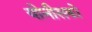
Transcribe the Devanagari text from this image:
योनीसको